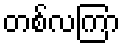
တစ်လကြာ